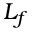
L _ { f }